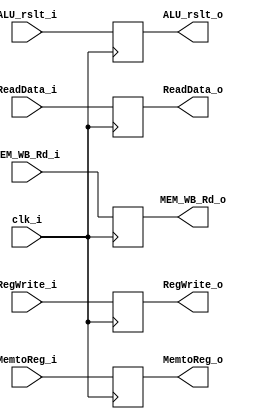
module MEM_WB(
    clk_i,
    RegWrite_i,
    MemtoReg_i,
    ALU_rslt_i,
    ReadData_i,
    MEM_WB_Rd_i,

    RegWrite_o,
    MemtoReg_o,
    ALU_rslt_o,
    ReadData_o,
    MEM_WB_Rd_o
);

    input clk_i;
    input RegWrite_i;
    input MemtoReg_i;
    input [31:0] ALU_rslt_i;
    input [31:0] ReadData_i;
    input [4:0] MEM_WB_Rd_i;

    output reg RegWrite_o;
    output reg MemtoReg_o;
    output reg [31:0] ALU_rslt_o;
    output reg [31:0] ReadData_o;
    output reg [4:0] MEM_WB_Rd_o;

    always@(posedge clk_i) begin
        RegWrite_o <= RegWrite_i;
        MemtoReg_o <= MemtoReg_i;
        ALU_rslt_o <= ALU_rslt_i;
        ReadData_o <= ReadData_i;
        MEM_WB_Rd_o <= MEM_WB_Rd_i;
    end 
    
endmodule